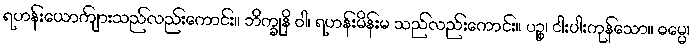
ရဟန်းယောကျ်ားသည်လည်းကောင်း။ ဘိက္ခုနိ ဝါ၊ ရဟန်းမိန်းမ သည်လည်းကောင်း။ ပဉ္စ၊ ငါးပါးကုန်သော။ ဓမ္မေ၊